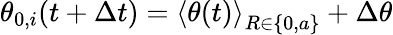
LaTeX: \theta_{0,i}(t+\Delta t)={\langle\theta(t)\rangle}_{R\in\{ 0,a\} }+\Delta\theta